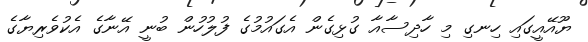
ޔޫއޭއީގައި ހިނގި މި ހާދިސާއާ ގުޅިގެން އެގައުމުގެ ފުލުހުން ބުނީ އޭނާގެ އެކުވެރިޔާގެ